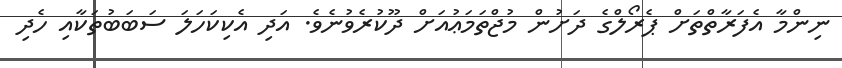
ނިންމާ އެފަރާތްތަށް ޕެރޯލްގެ ދަށުން މުޖްތަމަޢުއަށް ދޫކުރެވުނެވެ. އަދި އެކިކަހަލަ ސަބަބުތަކާއި ހެދި